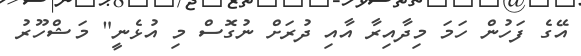
އޭގެ ފަހުން ހަމަ މިދާއިރާ އާއި ދުރަށް ނުގޮސް މި އުޅެނީ" މަޝްހޫރު